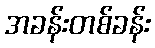
အခန်းတစ်ခန်း